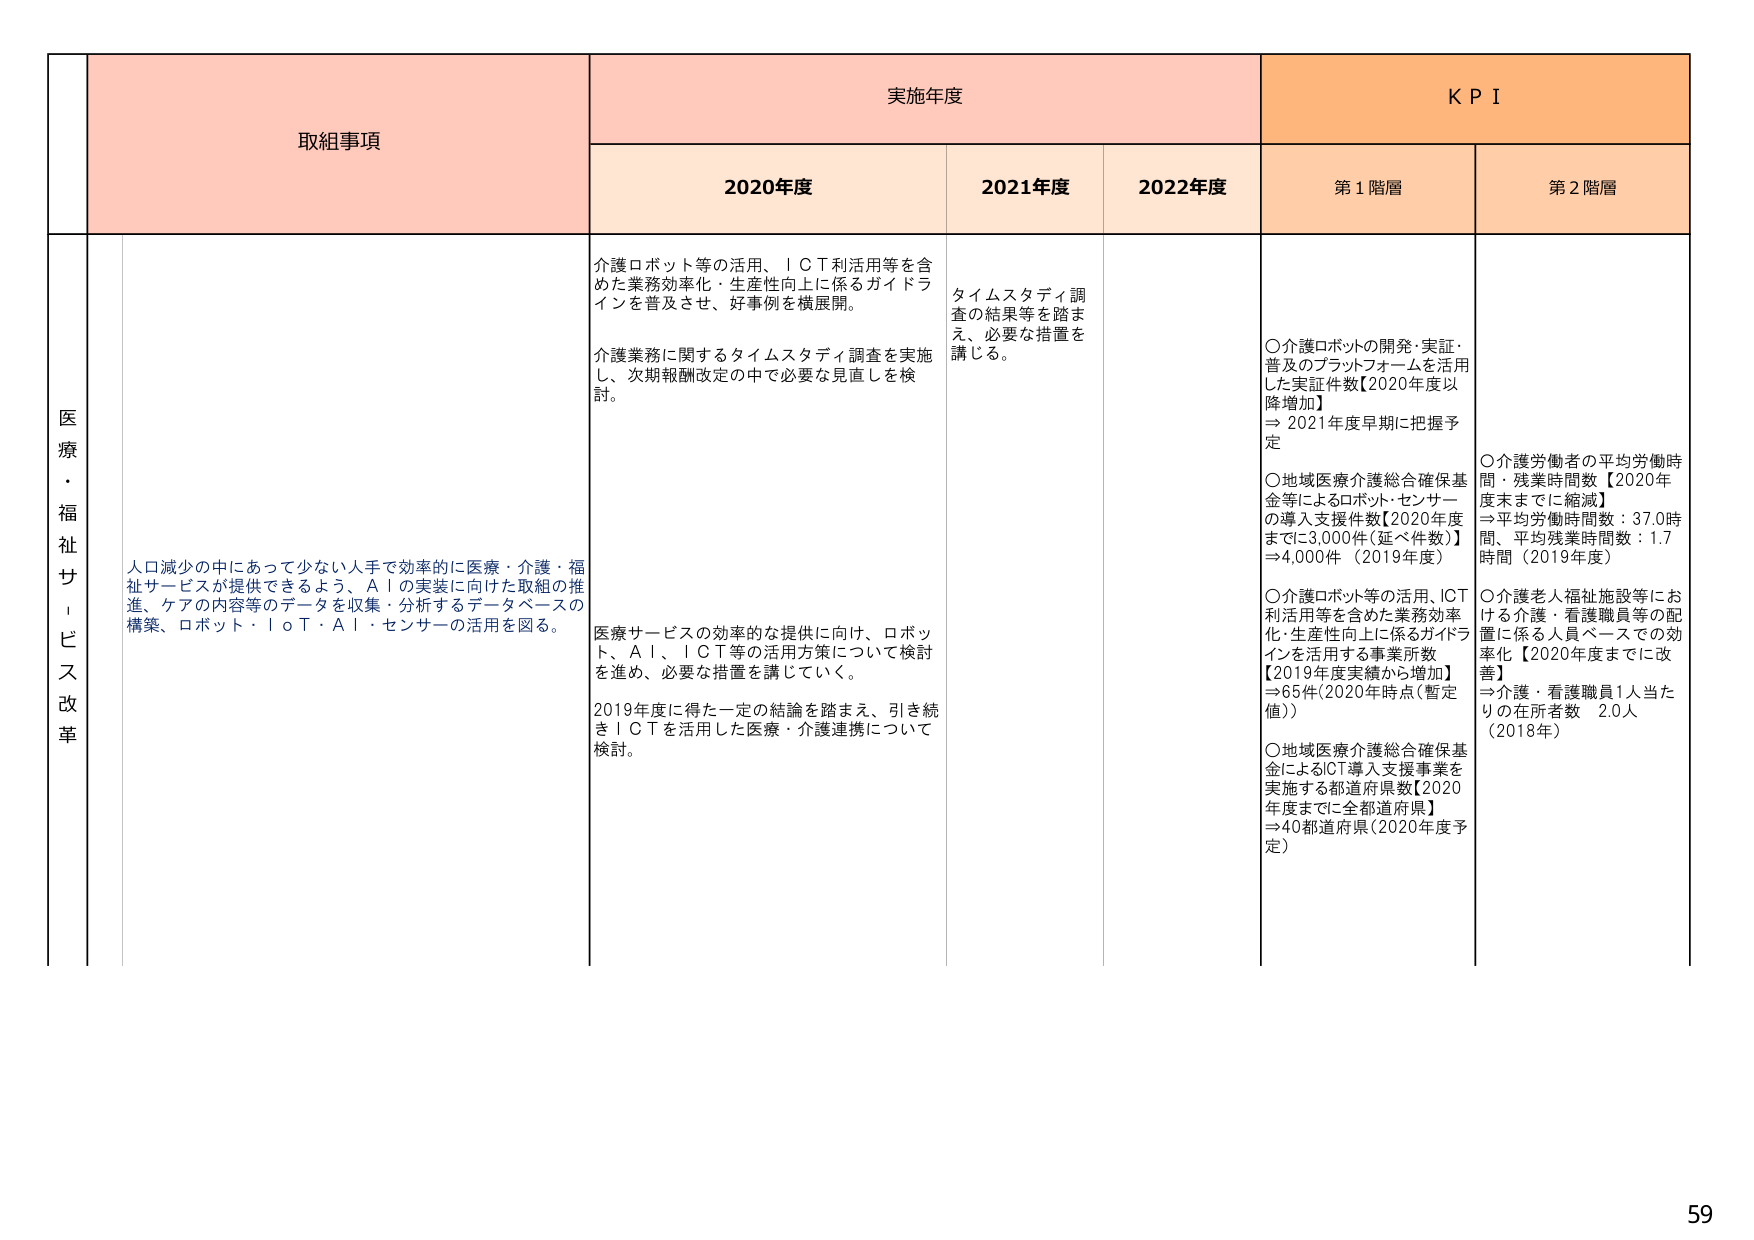
取組事項
実施年度
KPI
2020年度
2021年度
2022年度
第1階層
第2階層
医療・福祉サービス改革
人口減少の中にあって少ない人手で効率的に医療・介護・福祉サービスが提供できるよう、AIの実装に向けた取組の推進、ケアの内容等のデータを収集・分析するデータベースの構築、ロボット・IoT・AI・センサーの活用を図る。
介護ロボット等の活用、ICT利活用等を含めた業務効率化・生産性向上に係るガイドラインを普及させ、好事例を横展開。
介護業務に関するタイムスタディ調査を実施し、次期報酬改定の中で必要な見直しを検討。
タイムスタディ調査の結果等を踏まえ、必要な措置を講じる。
医療サービスの効率的な提供に向け、ロボット、AI、ICT等の活用方策について検討を進め、必要な措置を講じていく。
2019年度に得た一定の結論を踏まえ、引き続きICTを活用した医療・介護連携について検討。
〇介護ロボットの開発・実証・普及のプラットフォームを活用した実証件数【2020年度以降増加】
⇒2021年度早期に把握予定
〇地域医療介護総合確保基金等によるロボット・センサーの導入支援件数【2020年度までに3,000件（延べ件数）】⇒4,000件（2019年度）
〇介護ロボット等の活用、ICT利活用等を含めた業務効率化・生産性向上に係るガイドラインを活用する事業所数【2019年度実績から増加】⇒65件（2020年時点（暫定値））
〇地域医療介護総合確保基金によるCT導入支援事業を実施する都道府県数【2020年度までに全都道府県】⇒40都道府県（2020年度予定）
〇介護労働者の平均労働時間・残業時間数【2020年度末までに縮減】
⇒平均労働時間数：37.0時間、平均残業時間数：1.7時間（2019年度）
〇介護老人福祉施設等における介護・看護職員等の配置に係る人員ベースでの効率化【2020年度までに改善】
⇒介護・看護職員1人当たりの在所者数 2.0人（2018年）
59